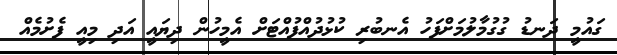
ގައުމީ ދަނޑު ގުގުމާލުމަށްފަހު އެނބުރި ކުޅުދުއްފުއްޓަށް އެމީހުން ދިޔައީ އަދި މިއީ ފެށުމެއް